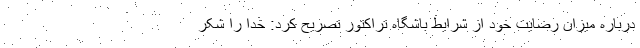
درباره میزان رضایت خود از شرایط باشگاه تراکتور تصریح کرد: خدا را شکر